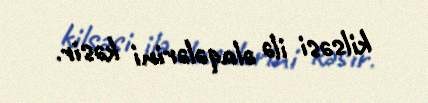
kilsəsi ilə əlaqələrini kəsir.